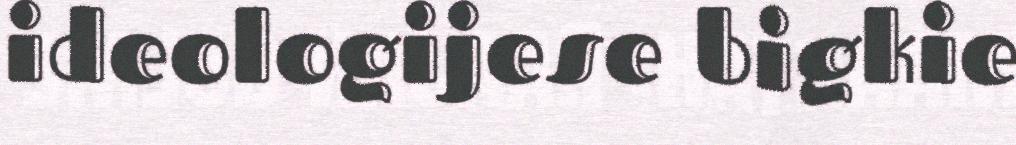
ideologijese bigkie